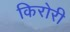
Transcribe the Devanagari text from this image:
किरोरी